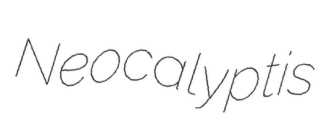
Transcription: Neocalyptis